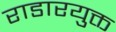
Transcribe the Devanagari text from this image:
राडारयुक्त